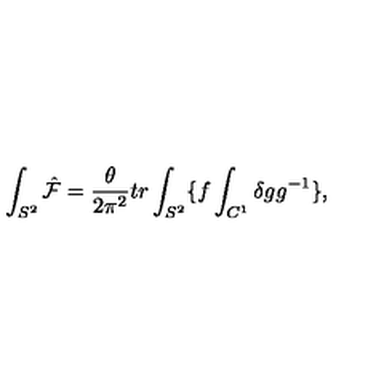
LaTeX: \int _ { S ^ { 2 } } \hat { \cal F } = \frac { \theta } { 2 \pi ^ { 2 } } t r \int _ { S ^ { 2 } } \{ f \int _ { C ^ { 1 } } \delta g g ^ { - 1 } \} ,